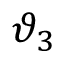
\vartheta _ { 3 }